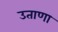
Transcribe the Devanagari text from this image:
उताणा